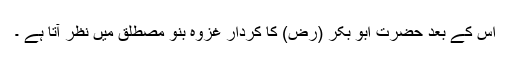
اس کے بعد حضرت ابو بکر (رض) کا کردار غزوہ بنو مصطلق میں نظر آتا ہے ۔